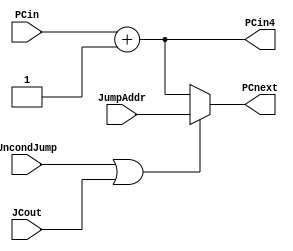
`timescale 1ns / 1ps

module branch(
    input JCout,
    input UncondJump,
    input [31:0] PCin,
    input [31:0] JumpAddr,
    output [31:0] PCin4,
    output [31:0] PCnext
    );

	wire toJump;
	
	assign PCin4 = PCin + 32'd1;
	
	assign toJump = UncondJump | JCout;
	
	assign PCnext = (toJump)? JumpAddr : PCin4 ;

endmodule